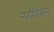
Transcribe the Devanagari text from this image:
नयोरिकन